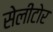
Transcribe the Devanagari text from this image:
सेलीटोर